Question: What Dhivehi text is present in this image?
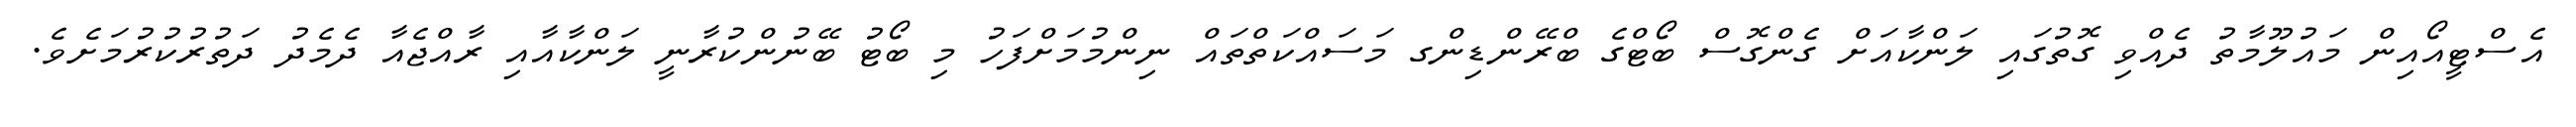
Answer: އެސްޓީއޯއިން މައުލޫމާތު ދެއްވި ގޮތުގައި ލަންކާއަށް ގެންގޮސް ބޯޓްގެ ބްރޭންޑިންގ މަސައްކަތްތައް ނިންމުމަށްފަހު މި ބޯޓު ބޭނުންކުރާނީ ލަންކާއާއި ރާއްޖެއާ ދެމެދު ދަތުރުކުރުމަށެވެ.